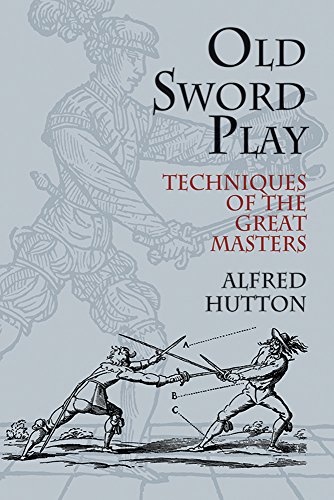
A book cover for Old Sword Play: Techniques of the Great Masters (Dover Military History, Weapons, Armor); Alfred Hutton; Sports & Outdoors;